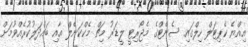
އިއްޔެ ކެޕިޓަލް ހިލްގައި ސެނެޓްގެ މެޖޯރިޓީ ލީޑަރު މިޗް މެކްކަނެލް އާއި ބައްދަލުކުރެއްވުމަށް